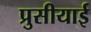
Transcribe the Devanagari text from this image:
प्रुसीयाई